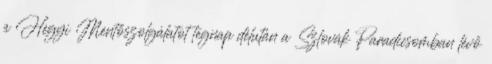
a Hegyi Mentőszolgálatot tegnap délután a Szlovák Paradicsomban lévő